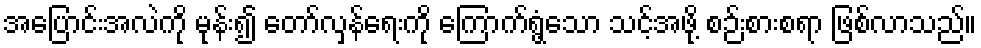
အပြောင်းအလဲကို မုန်း၍ တော်လှန်ရေးကို ကြောက်ရွံ့သော သင့်အဖို့ စဉ်းစားစရာ ဖြစ်လာသည်။